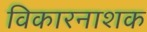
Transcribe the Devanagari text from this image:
विकारनाशक